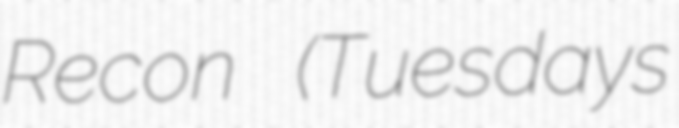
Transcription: Recon (Tuesdays